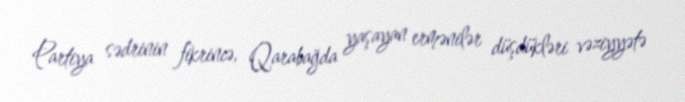
Partiya sədrinin fikrincə, Qarabağda yaşayan ermənilər düşdükləri vəziyyətə